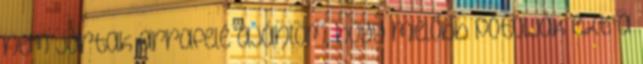
nem jártak arrafelé ajánlom, hogy mielőbb pótolják ezt a